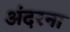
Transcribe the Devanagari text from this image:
अंदरना